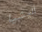
أليشيا